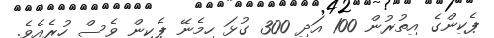
ޕެކިންގެެ އިތުރުން 100 އަދި 300 ގުޅަ ހިމެނޭ ޕެކިން ވެސް ހުރެއެވެ.